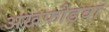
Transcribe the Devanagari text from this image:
अखफोड़वा